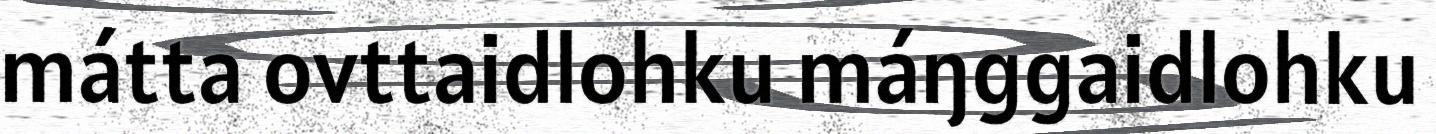
mátta ovttaidlohku máŋggaidlohku